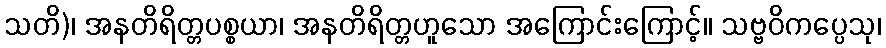
သတိ)၊ အနတိရိတ္တပစ္စယာ၊ အနတိရိတ္တဟူသော အကြောင်းကြောင့်။ သဗ္ဗဝိကပ္ပေသု၊